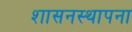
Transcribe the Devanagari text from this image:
शासनस्थापना